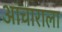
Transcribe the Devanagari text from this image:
आचाराला